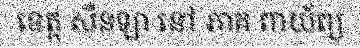
ខេត្ត សឺនឡា នៅ ភាគ ពាយ័ព្យ